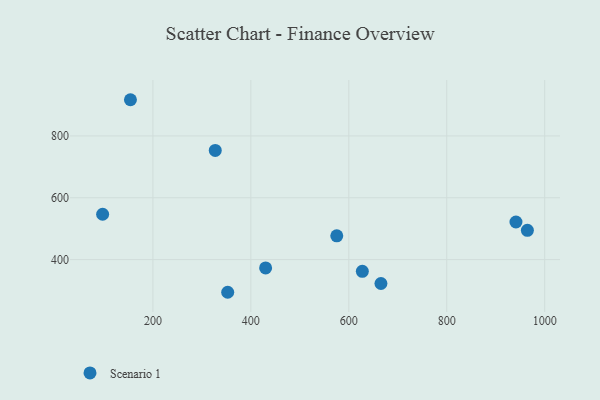
{"axis": {"x": "Engine Size", "y": "Demand"}, "legend": ["Scenario 1"], "data": [{"x": "964.6", "y": 494.9, "type": "Scenario 1"}, {"x": "665.6", "y": 322.7, "type": "Scenario 1"}, {"x": "327.3", "y": 753.2, "type": "Scenario 1"}, {"x": "941.3", "y": 521.6, "type": "Scenario 1"}, {"x": "352.7", "y": 294.4, "type": "Scenario 1"}, {"x": "154.1", "y": 917.1, "type": "Scenario 1"}, {"x": "430.1", "y": 373.0, "type": "Scenario 1"}, {"x": "575.4", "y": 476.9, "type": "Scenario 1"}, {"x": "97.3", "y": 546.7, "type": "Scenario 1"}, {"x": "627.6", "y": 362.0, "type": "Scenario 1"}]}